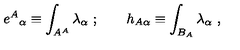
{ e ^ { A } } _ { \alpha } \equiv \int _ { A ^ { A } } \lambda _ { \alpha } \ ; \qquad h _ { A \alpha } \equiv \int _ { B _ { A } } \lambda _ { \alpha } \ ,